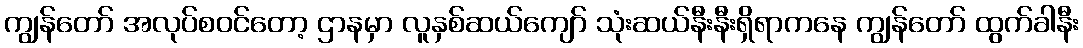
ကျွန်တော် အလုပ်စဝင်တော့ ဌာနမှာ လူနှစ်ဆယ်ကျော် သုံးဆယ်နီးနီးရှိရာကနေ ကျွန်တော် ထွက်ခါနီး